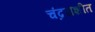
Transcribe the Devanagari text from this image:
चंद्रराशीत